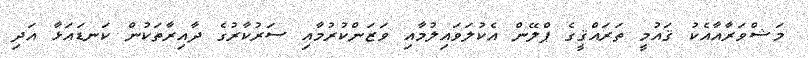
މަޝްވަރާއާއެކު ޤައުމީ ތަރައްޤީގެ ޕްލޭން އެކުލަވައިލުމާއި ވަޒަންކުރުމާއި ސަރުކާރުގެ ދާއިރާތަކުން ކަނޑައަޅާ އަދި